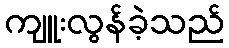
ကျူးလွန်ခဲ့သည်